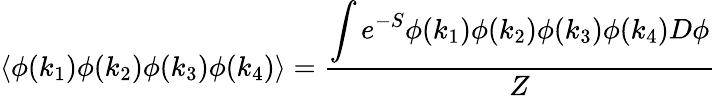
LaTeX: \left\langle\phi(k_{1})\phi(k_{2})\phi(k_{3})\phi(k_{4})\right\rangle={\frac{\displaystyle\int e^{-S}\phi(k_{1})\phi(k_{2})\phi(k_{3})\phi(k_{4})D\phi}{Z}}